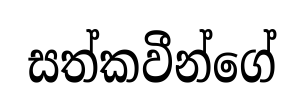
සත්කවීන්ගේ